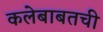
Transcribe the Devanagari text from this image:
कलेबाबतची